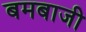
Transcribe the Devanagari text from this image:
बमबाजी